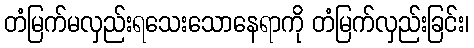
တံမြက်မလှည်းရသေးသောနေရာကို တံမြက်လှည်းခြင်း၊